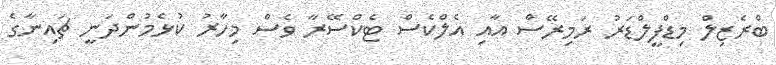
ބްރެޒިލް މިޑްފީލްޑަރު ރަމިރޭސް އާއި އެލްކެސް ޓެކްސޭރާ ވެސް މިހާރު ކުޅެމުންދަނީ ޗައިނާގެ